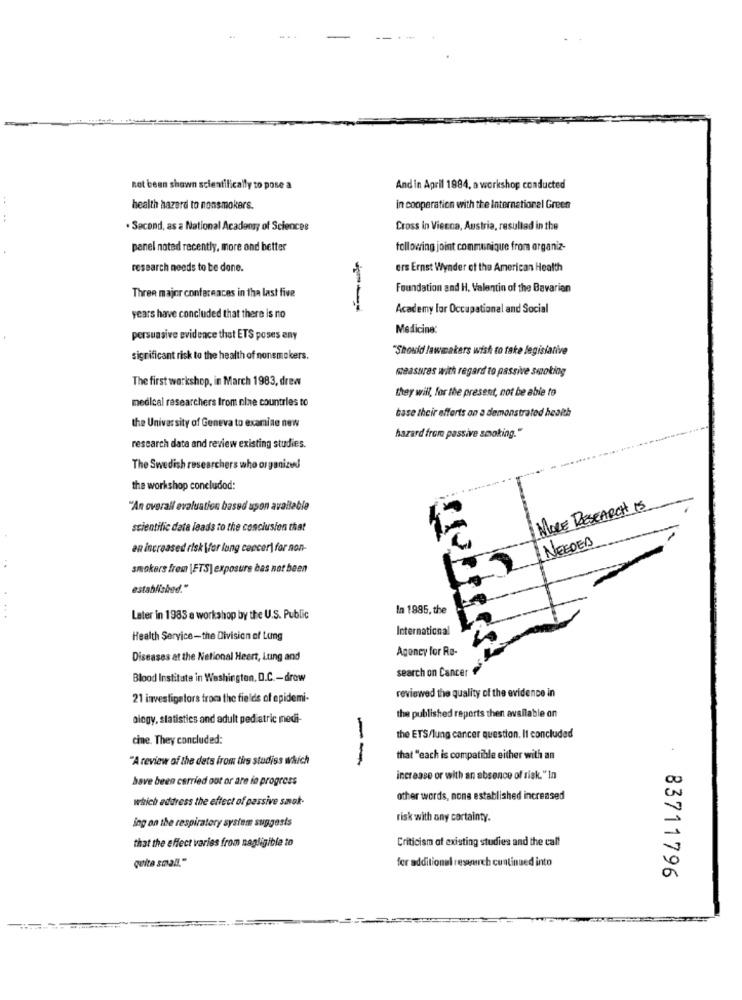
not been shown scientifically to pose a
And in April 1984, a workshop conducted
...
health hazard to nonsmokers.
in cooperation with the International Green
. Second, as a National Academy of Sciences
Cross in Vienna, Austria, resulted in the
panel noted recently, more and better
following joint communique from organiz-
research needs to be done.
ers Ernst Wynder of the American Health
Three major conferences in the last five
Foundation and H. Valentin of the Bavarian
--
Academy lor Occupational and Social
years have concluded that there is no
Medicine:
persuasive evidence that ETS poses any
"Should lawmakers wish to take legislative
significant risk to the health of nonsmokers.
measures with regard to passive smoking
The first workshop, in March 1983, drew
they will, for the present, not be able to
medical researchers from nine countries to
base their efforts an a demonstrated heaith
the University of Geneva to examine new
hazard from passive smoking."
research data and review existing studies.
The Swedish researchers who organized
the workshop concludod:
"An overall evaluation based upon available
MORE RESEARCH 15
scientific data leads to the conclusion that
4
NEEDED
an increased risk \for lung cancer) for non-
smokers frem \FTS] exposure bas not been
established."
In 1985, the
Later in 1983 a workshop by the U.S. Public
International
Health Service-the Division of Lung
Agency for Re-
Diseases at the National Heert, Lung and
search on Cancer
Blood Institute in Washington, D.C .- drow
21 investigators troca the fields of epidemi-
reviewed the quality of the evidence in
ology, statistics and adult pediatric medi-
the published reports then available on
cine. They concluded:
the ETS/lung cancer question. It concluded
"A review of the dets from the studiss which
--
that "each is compatible either with an
have been carried out or are in progress
increase or with an absence of risk. "In
which address the effect of passive saak-
other words, none established increased
ing on the respiratory system suggests
risk with any cortainty.
that the effect varies from nagligible to
Criticism of existing studies and the call
quita small."
fer additionel research continued into
83711796